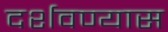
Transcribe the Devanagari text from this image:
दर्शवण्यास